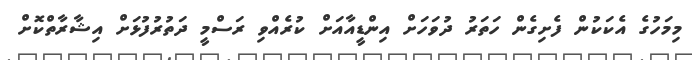
މިމަހުގެ އެކަކުން ފެށިގެން ހަތަރު ދުވަހަށް އިންޑީއާއަށް ކުރެއްވި ރަސްމީ ދަތުރުފުޅަށް އިޝާރާތްކޮށް